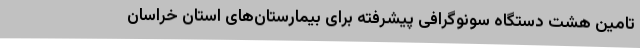
تامین هشت دستگاه سونوگرافی پیشرفته برای بیمارستان‌های استان خراسان